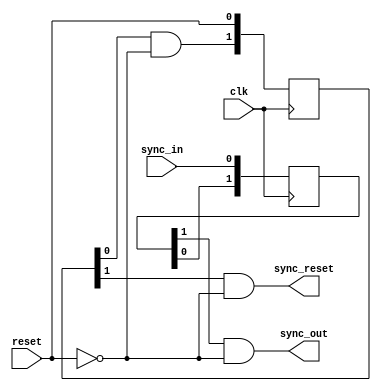
module input_synch
(
	input wire clk,
	input wire reset,
	output wire sync_reset,
	input wire sync_in,
	output wire sync_out
);
	reg [1:0] chain0, chain1;
	
	// the reset output is asynchronous when activated and becomes synchronous when deactivated because of the chain0 pipeline
	always @ (posedge clk)
	begin
		chain0[1:0] <= {(chain0[0] & !reset), reset};
		chain1[1:0] <= {chain1[0], sync_in};
	end	

	assign sync_reset = (chain0[1] & !reset);
	assign sync_out	= (chain1[1] & !reset);
	
endmodule